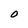
Character: 0